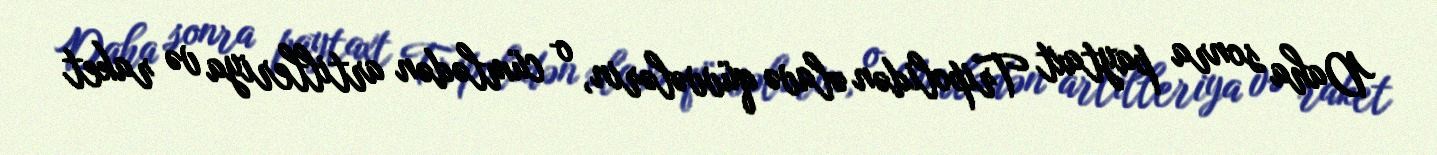
Daha sonra paytaxt Tripolidən əlavə qüvvələrin, o cümlədən artilleriya və raket